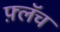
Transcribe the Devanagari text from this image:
फ़्लॅच